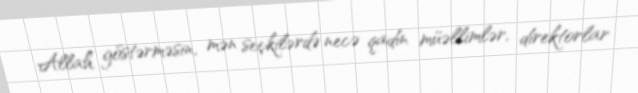
Allah göstərməsin, mən seçkilərdə necə qadın müəllimlər, direktorlar